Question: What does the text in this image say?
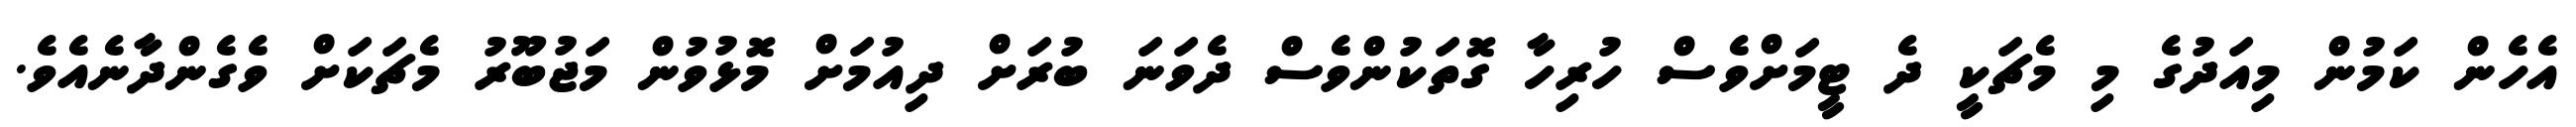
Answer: އެހެން ކަމުން މިއަދުގެ މި މެޗަކީ ދެ ޓީމަށްވެސް ހުރިހާ ގޮތަކުންވެސް ދެވަނަ ބުރަށް ދިއުމަށް މޮޅުވުން މަޖުބޫރު މެޗަކަށް ވެގެންދާނެއެވެ.